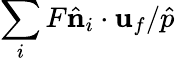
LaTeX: \sum_{i}F\hat{\mathbf{n}}_{i}\cdot{\mathbf{u}}_{f}/\hat{p}